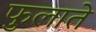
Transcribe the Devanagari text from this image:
फुलाते